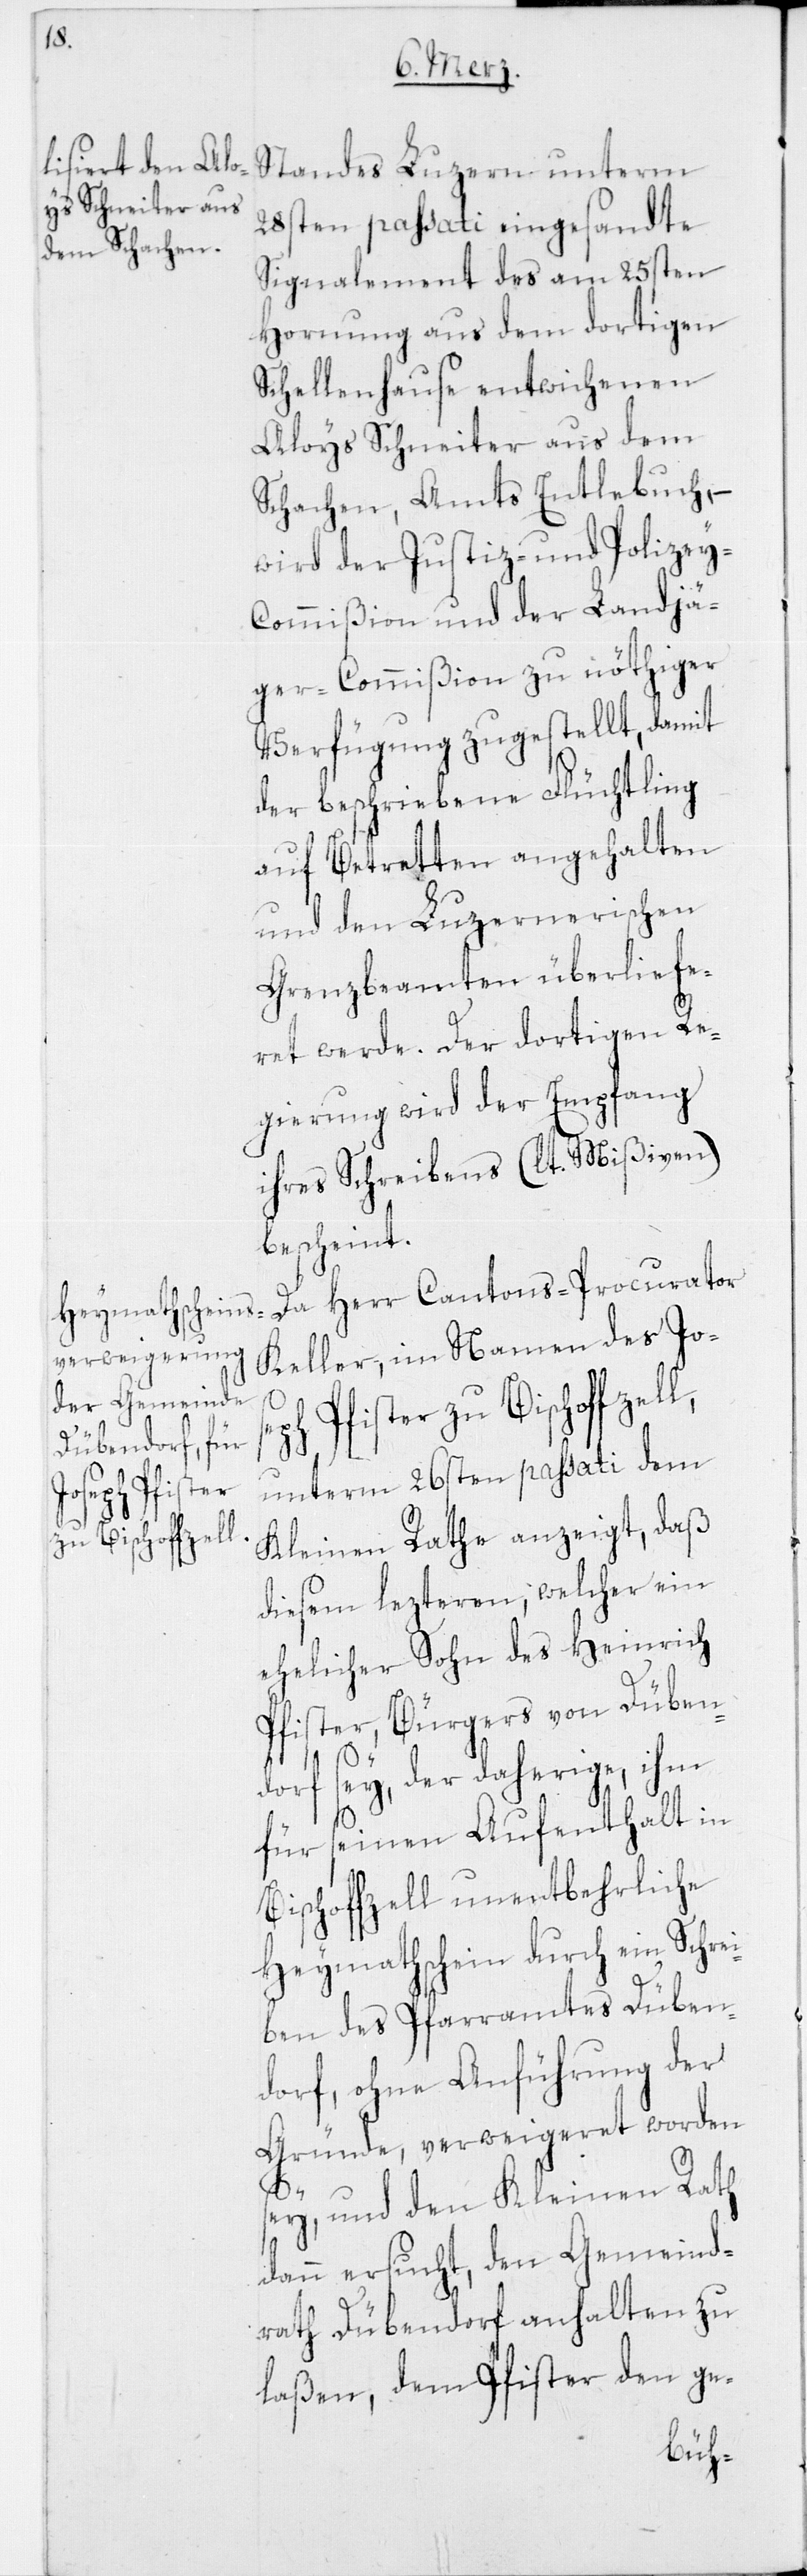
Standes Luzern unterm
28sten passati eingesandte
Signalement des am 25sten
Hornung aus dem dortigen
Schellenhause entwichenen
Aloys Schneiter aus dem
Schachen, Amts Entlebuch,
wird der Justiz- und Polize¬
y-Commißon und der Landjä¬
ger-Commißion zu nöthiger
Verfügung zugestellt, damit
der beschriebene Flüchtling
auf Betretten angehalten
und den Luzernerischen
Grenzbeamten überliefe¬
ret werde. Der dortigen Re¬
gierung wird der Empfang
ihres Schreibens (lt. Mißiven)
bescheint.
Da Herr Cantons-Procurator
Keller, im Namen des Jo¬
Pfister zu Bischoffzel¬
i¬
unterm 26sten passati dem
Kleinen Rathe anzeigt, daß
diesem lezteren, welcher ein
ehelicher Sohn des Heinrich
Pfister, Bürgers von Düben¬
dorf sey, der daherige, ihm
für seinen Aufenthalt in
Bischoffzell unentbehrliche
Heymathschein durch ein Schre¬
ben des Pfarramtes Düben¬
dorf, ohne Anführung der
Gründe, verweigeret worden
sey, und den Kleinen Rath
dann ersucht, den Gemeind¬
rath Dübendorf anhalten zu
laßen, dem Pfister den ge-